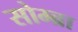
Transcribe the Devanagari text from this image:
सोम्ब्रा